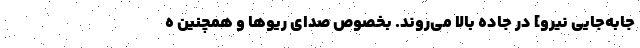
جابه‌جایی نیرو] در جاده بالا می‌روند. بخصوص صدای ریوها و همچنین ه